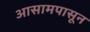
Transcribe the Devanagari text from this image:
आसामपासून